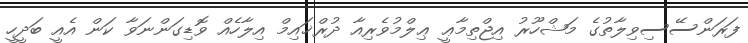
ފަރަންސޭސިވިލާތުގެ މަޝްހޫރު އިޖްތިމާޢީ ޢިލްމުވެރިއާ ދުރްޚައިމް އިލާހެއް ވޮޑިގަންނަވާ ކަން އެއީ ބަދީހީ